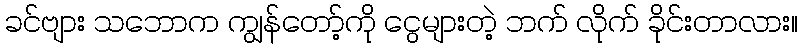
ခင်ဗျား သဘောက ကျွန်တော့်ကို ငွေများတဲ့ ဘက် လိုက် ခိုင်းတာလား။